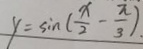
y = \sin ( \frac { x } { 2 } - \frac { \pi } { 3 } )